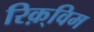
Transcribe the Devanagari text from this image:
रिक़्विम